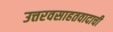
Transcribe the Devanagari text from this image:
उत्तरवसाहतवादाची